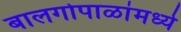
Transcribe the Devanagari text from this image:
बालगोपाळांमध्ये